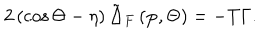
2 \left( \cos \Theta - \eta \right) \tilde { \Delta } _ { F } \left( \mathbf { p } , \Theta \right) = - T \Gamma .